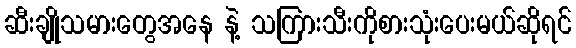
ဆီးချိုသမားတွေအနေ နဲ့ သကြားသီးကိုစားသုံးပေးမယ်ဆိုရင်